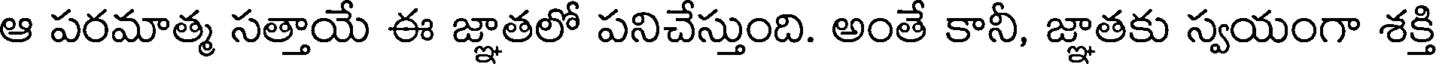
ఆ పరమాత్మ సత్తాయే ఈ జ్ఞాతలో పనిచేస్తుంది. అంతే కానీ, జ్ఞాతకు స్వయంగా శక్తి